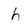
Character: h